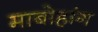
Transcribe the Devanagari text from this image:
माबोहांग